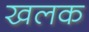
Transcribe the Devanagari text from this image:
खलक